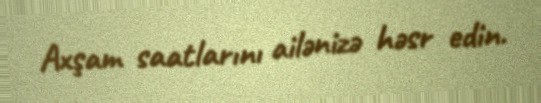
Axşam saatlarını ailənizə həsr edin.